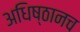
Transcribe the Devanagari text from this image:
अधिष्ठानच